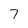
Character: 7